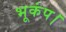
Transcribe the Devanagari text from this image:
भूकंप।